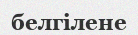
белгілене